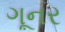
ગૂનર